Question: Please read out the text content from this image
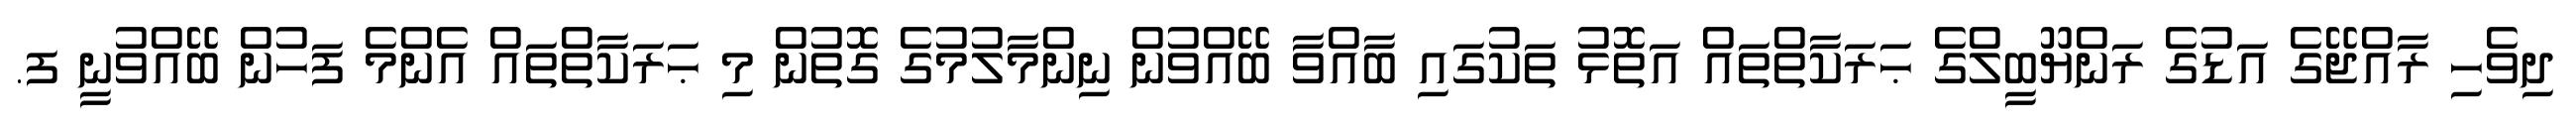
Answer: ދިވެހި ރާއްޖޭގެ އަޑުގެ ރަންޔޫބީލްގެ ޙަރަކާތްތައް އަތޮޅު ތަކުގައި ބާއްވާ ބޭއްވުން ނިންމާލުމުގެ ގޮތުން މި ޙަރަކާތްތައް އެންމެ ފަހުން ބޭއްވުނީ ފ.